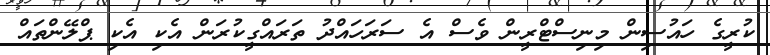
ކުރީގެ ހައުސިން މިނިސްޓްރީން ވެސް އެ ސަރަހައްދު ތަރައްގީކުރަން އެކި އެކި ޕްލޭންތައް